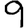
Digit: 9